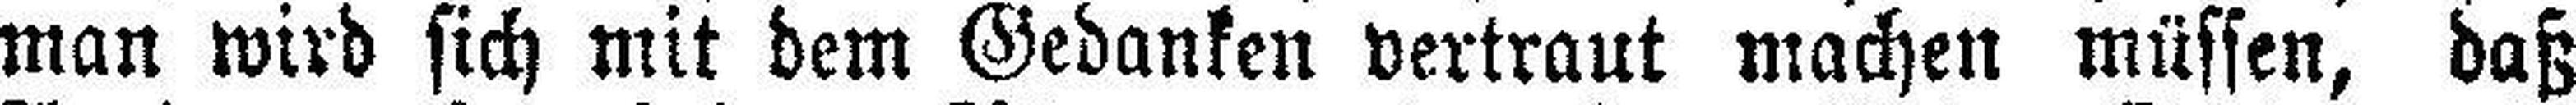
man wird sich mit dem Gedanken vertraut machen müssen, daß